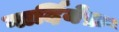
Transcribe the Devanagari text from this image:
गार्दियेफ़